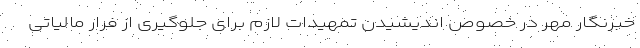
خبرنگار مهر در خصوص اندیشیدن تمهیدات لازم برای جلوگیری از فرار مالیاتی